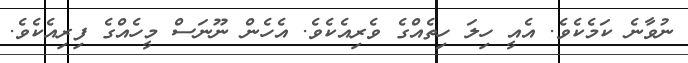
ނުވާނެ ކަމެކެވެ. އެއީ ހިލަ ހިތެއްގެ ވެރިއެކެވެ. އެހެން ނޫނަސް މީހެއްގެ ފިރިއެކެވެ.